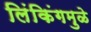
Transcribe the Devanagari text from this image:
लिंकिंगमुळे